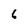
Character: 6